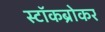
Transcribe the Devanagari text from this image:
स्टॉकब्रोकर